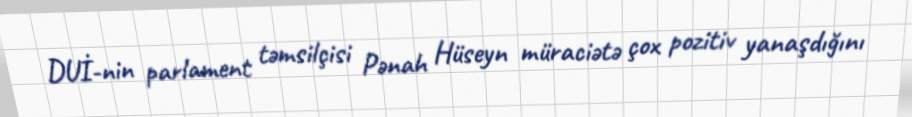
DUİ-nin parlament təmsilçisi Pənah Hüseyn müraciətə çox pozitiv yanaşdığını